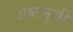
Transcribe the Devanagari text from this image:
अष्‍टभुजी